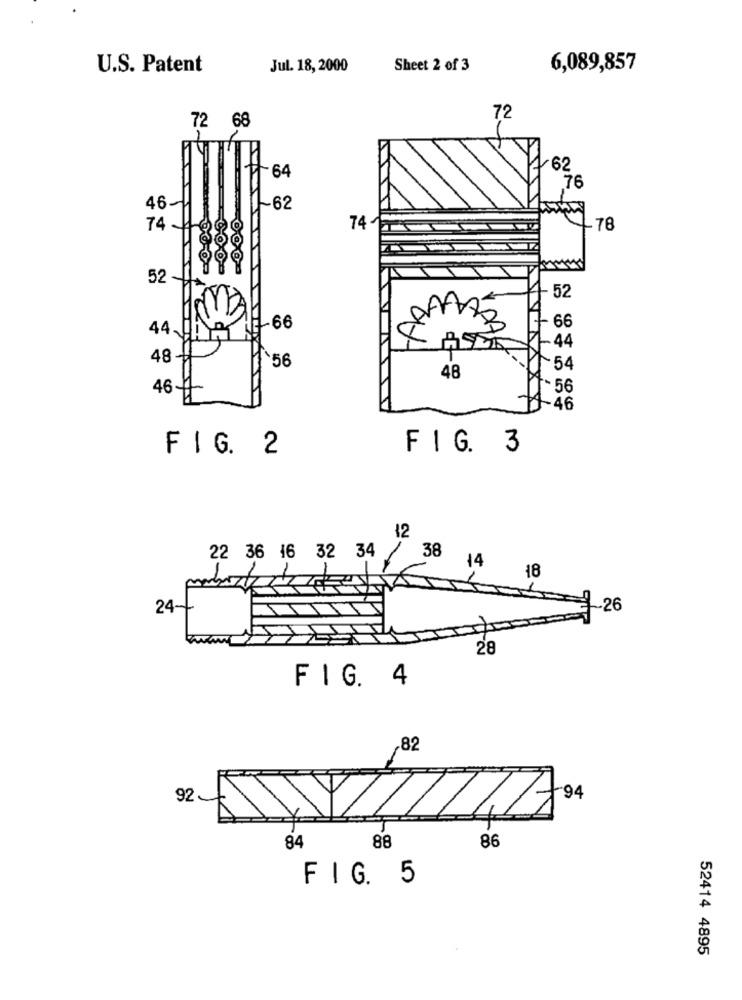
U.S. Patent
Jul. 18, 2000
Sheet 2 of 3
6,089,857
72
72 68
64
62
76
46-
~62
74-
74
+78
52
52
66
44 Ji Yo
7-66
8
-44
48
1`56
~54
48
46-
7-56
46
FIG. 2
FIG. 3
12
22 36 16 32 34
/ 38 14
18
24-
26
28
FIG. 4
,82
88
86
84
FIG. 5
52414 4895